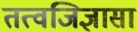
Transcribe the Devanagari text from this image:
तत्वजिज्ञासा